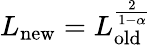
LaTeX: L_{\mathrm{new}}=L_{\mathrm{old}}^{\frac{2}{1-\alpha}}